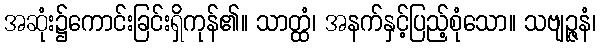
အဆုံး၌ကောင်းခြင်းရှိကုန်၏။ သာတ္ထံ၊ အနက်နှင့်ပြည့်စုံသော။ သဗျဉ္ဇနံ၊